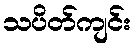
သပိတ်ကျင်း